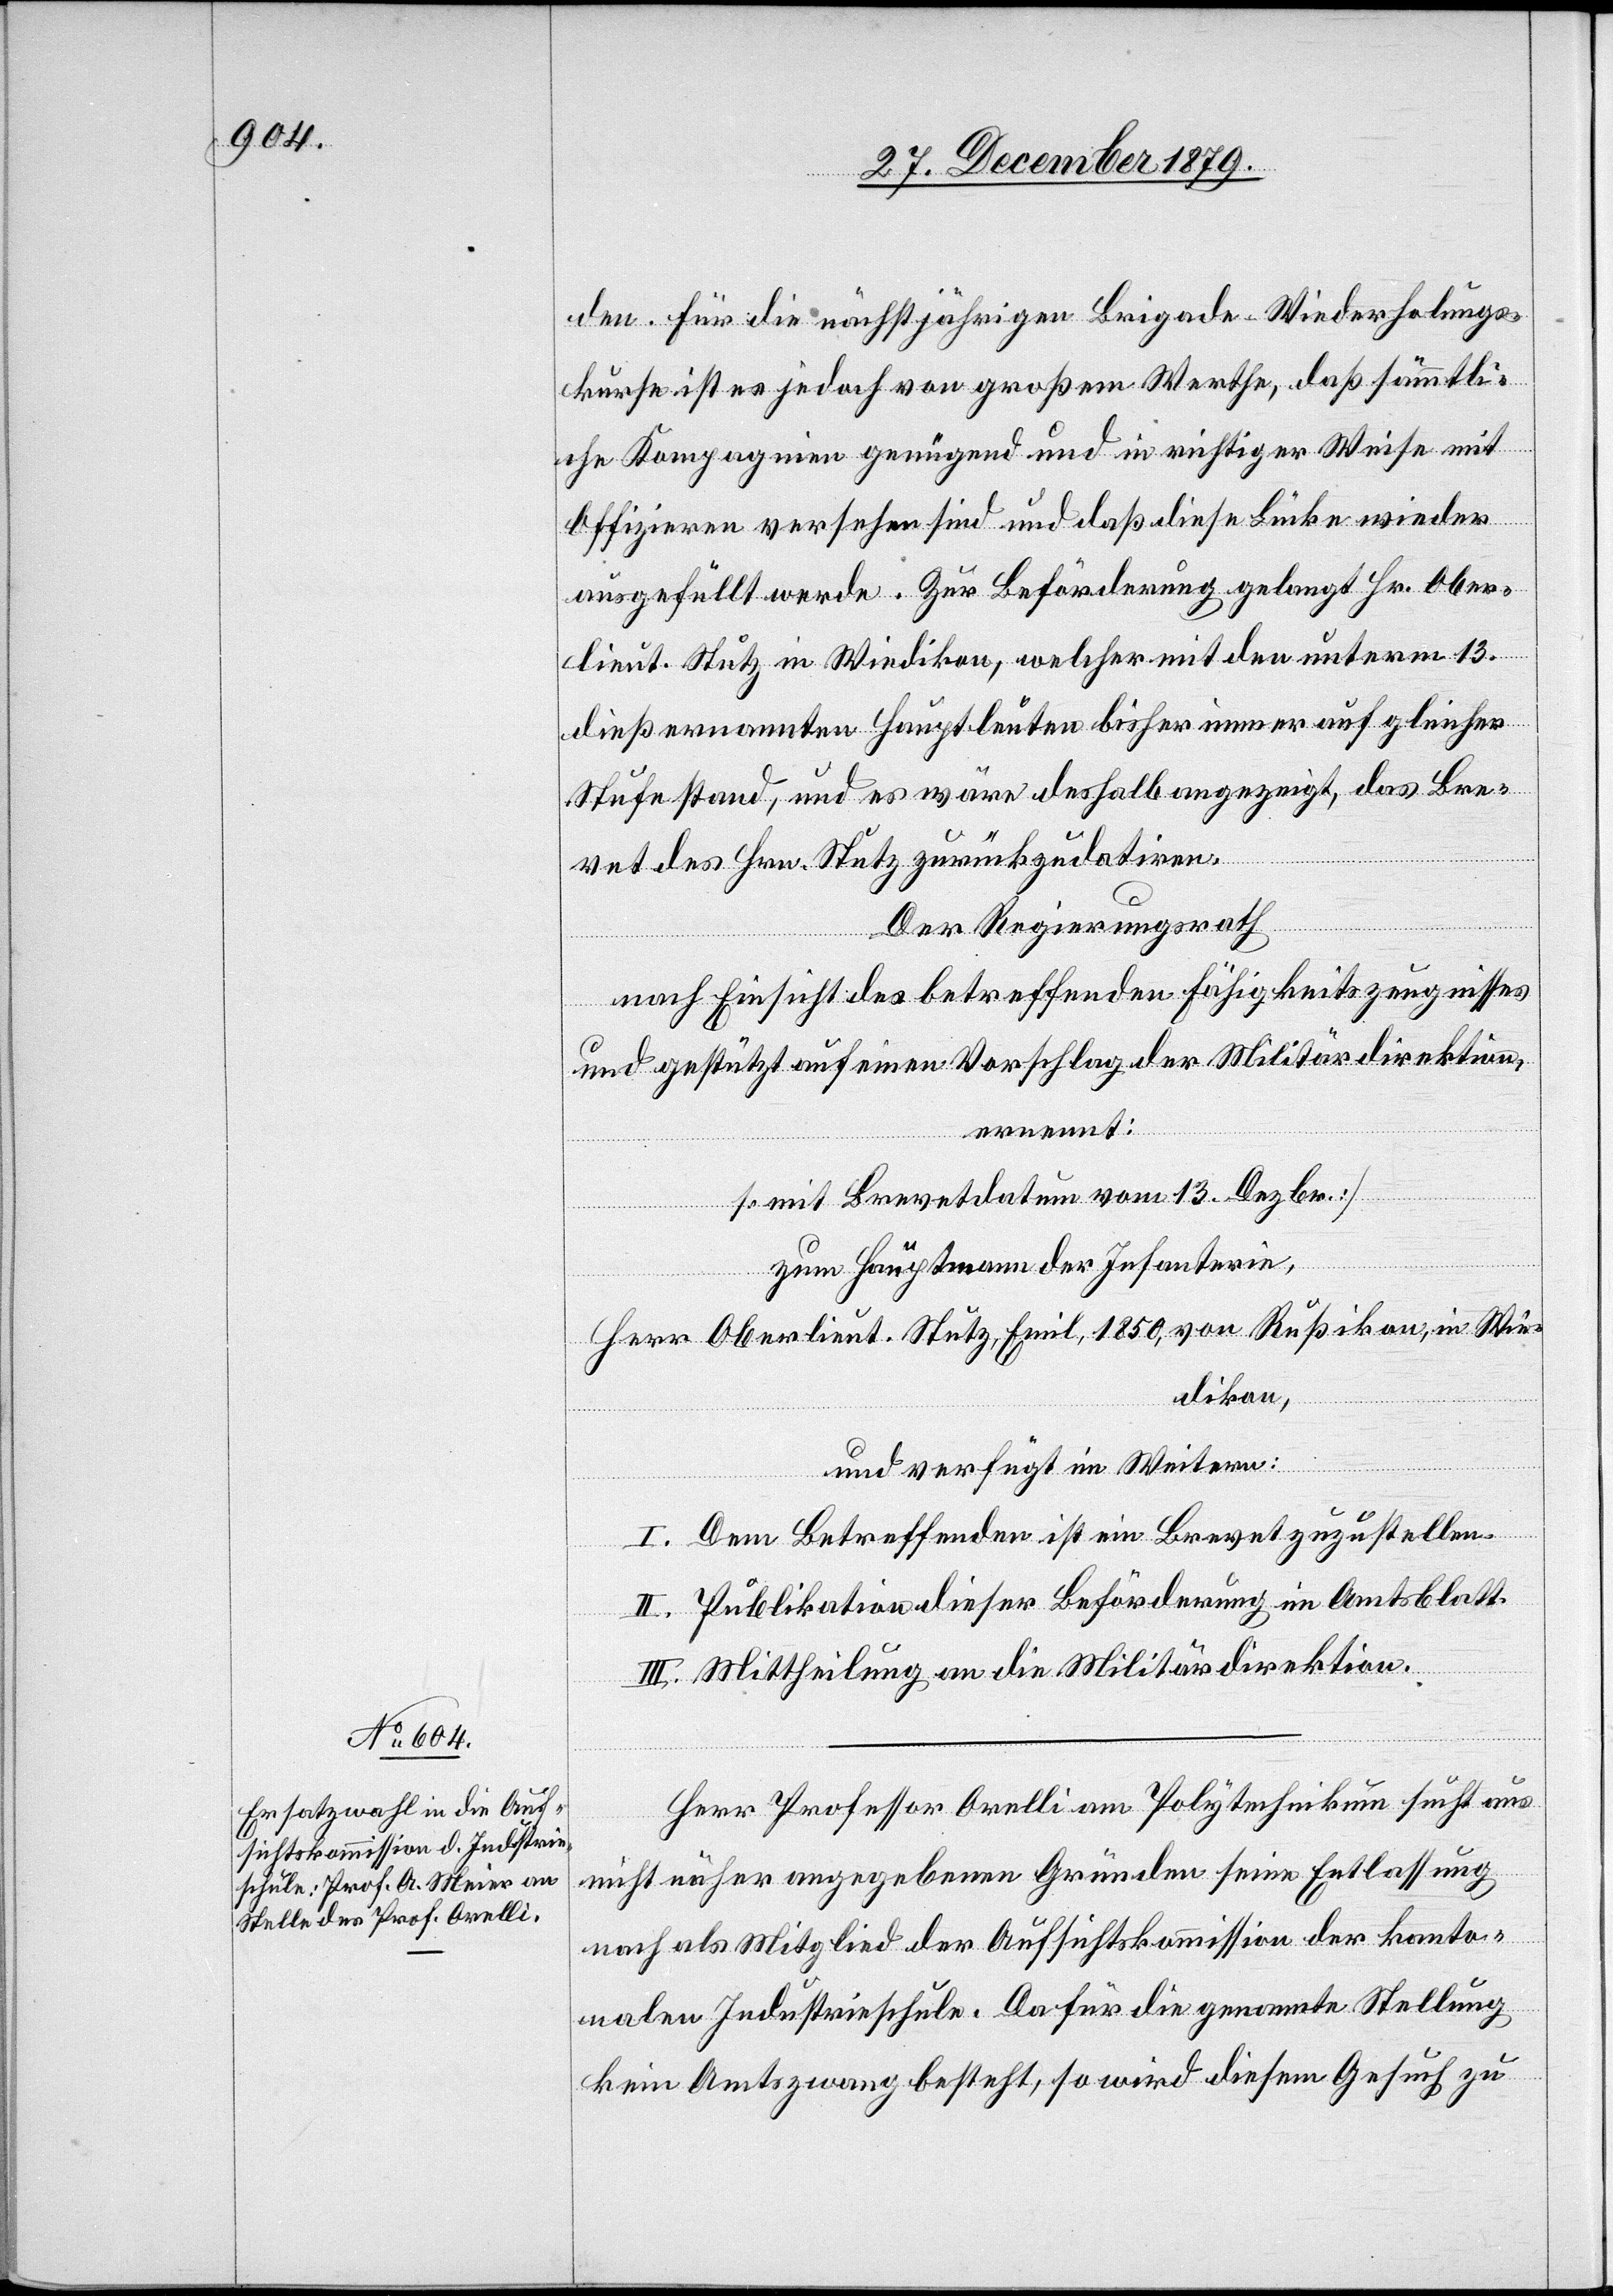
den. Für die nächstjährigen Brigade-Wiederholungs¬
kurse ist es jedoch von großem Werthe, daß sämmtli¬
che Kompagnien genügend und in richtiger Weise mit
Offizieren versehen sind und daß diese Lücke wieder
ausgefüllt werde. Zur Beförderung gelangt Hr. Ober¬
lieut. Stutz in Wiedikon, welcher mit den unterm 13.
dieß ernannten Hauptleuten bisher immer auf gleicher
Stufe stand, und es wäre deshalb angezeigt, das Bre¬
vet des Hrn. Stutz zurückzudatiren.
Der Regierungsrath,
nach Einsicht des betreffenden Fähigkeitszeugnisses
und gestützt auf einen Vorschlag der Militärdirektion,
ernennt:
[mit Brevetdatum vom 13. Dezbr.]
zum Hauptmann der Infanterie,
Herr Oberlieut. Stutz, Emil 1850, von Rußikon, in Wie¬
dikon,
und verfügt im Weitern:
I. Dem Betreffenden ist ein Brevet zuzustellen.
II. Publikation dieser Beförderung im Amtsblatt.
III. Mittheilung an die Militärdirektion.
Herr Professor Orelli am Polytechnikum sucht aus
nicht näher angegebenen Gründen seine Entlassung
nach als Mitglied der Aufsichtskommission der kanto¬
nalen Industrieschule. Da für die genannte Stellung
kein Amtszwang besteht, so wird diesem Gesuch zu